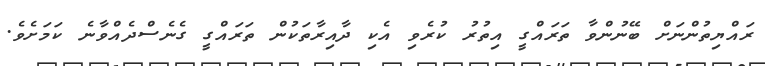
ރައްޔިތުންނަށް ބޭނުންވާ ތަރައްގީ އިތުރު ކުރެވި އެކި ދާއިރާތަކުން ތަރައްގީ ގެނެސްދެއްވާނެ ކަމަށެވެ.